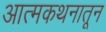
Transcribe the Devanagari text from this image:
आत्मकथनातून